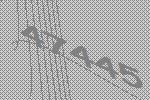
47445